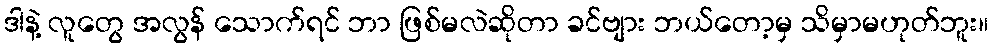
ဒါနဲ့ လူတွေ အလွန် သောက်ရင် ဘာ ဖြစ်မလဲဆိုတာ ခင်ဗျား ဘယ်တော့မှ သိမှာမဟုတ်ဘူး။